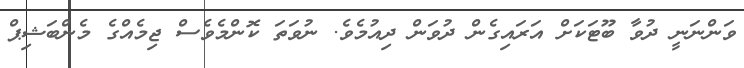
ވަންނަނީ ދުވާ ބޫޓަކަށް އަރައިގެން ދުވަން ދިއުމެވެ. ނުވަތަ ކޮންމެވެސް ޖިމެއްގެ މެންބަޝިޕް